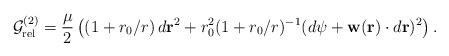
LaTeX: \begin{align*}{\cal G}_{\rm rel}^{(2)} = \frac{\mu}{2}\left( (1+ r_0/r)\,d{{\bf r}}^2 + r_0^2(1+ r_0/r)^{-1}(d{\psi}+ {\bf w}({\bf r})\cdot d{{\bf r}})^2 \right).\end{align*}